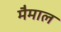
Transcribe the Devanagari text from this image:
मैमाल